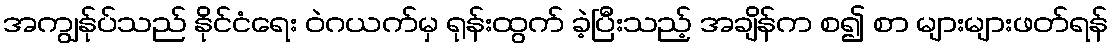
အကျွန်ုပ်သည် နိုင်ငံရေး ဝဲဂယက်မှ ရုန်းထွက် ခဲ့ပြီးသည့် အချိန်က စ၍ စာ များများဖတ်ရန်